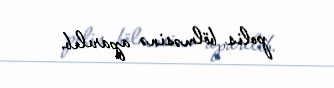
polis bölməsinə aparılıb.